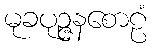
မုခပုဉ္ဇနစောဠံ